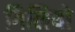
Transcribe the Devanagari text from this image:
गिलियो